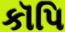
કૉપિ